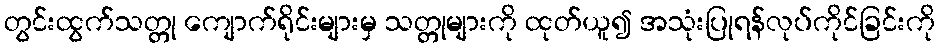
တွင်းထွက်သတ္တု ကျောက်ရိုင်းများမှ သတ္တုများကို ထုတ်ယူ၍ အသုံးပြုရန်လုပ်ကိုင်ခြင်းကို